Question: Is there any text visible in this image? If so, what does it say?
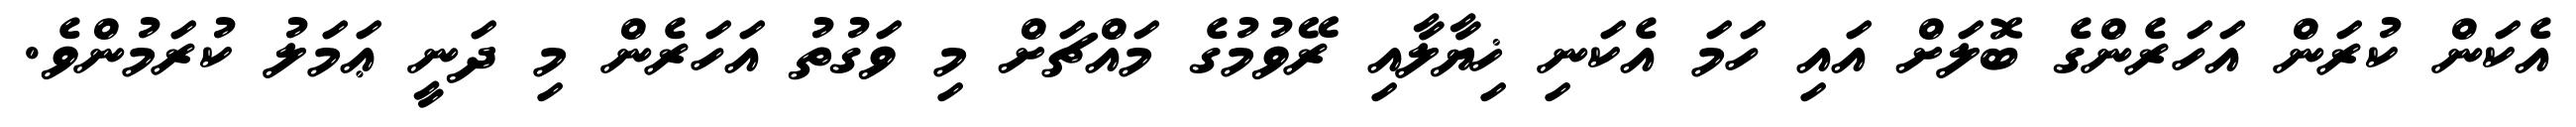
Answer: އެކަން ކުރަން އަހަރެންގެ ބޮލަށް އައި ހަމަ އެކަނި ޚިޔާލާއި ރޭވުމުގެ މައްޗަށް މި ވަގުތު އަހަރެން މި ދަނީ ޢަމަލު ކުރަމުންވެ.